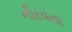
નીરવતા